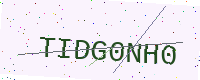
Text: TIDG0NH0